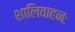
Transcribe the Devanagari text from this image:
शालिवाहनः